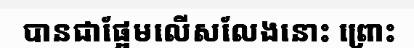
បានជាផ្អែមលើសលែងនោះ ព្រោះ